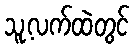
သူ့လက်ထဲတွင်